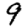
Digit: 9